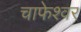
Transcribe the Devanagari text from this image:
चाफेश्वर